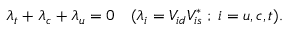
\lambda _ { t } + \lambda _ { c } + \lambda _ { u } = 0 \quad ( \lambda _ { i } = V _ { i d } V _ { i s } ^ { * } \; ; \; i = u , c , t ) .